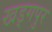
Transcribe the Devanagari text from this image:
खड्‍गपुर